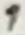
Text: 1